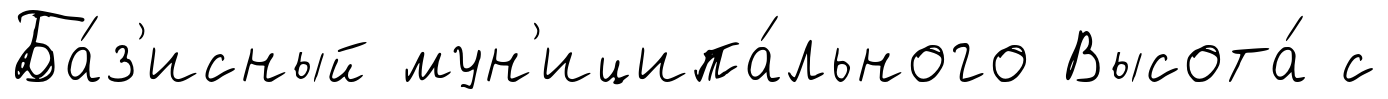
Ба́з'исный мун'иципа́льного Высота́ с